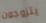
يتزوجون